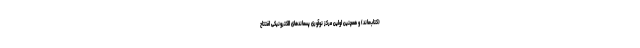
(کتاب‌ماند) و همچنین اولین مرکز نوآوری پسماندهای الکترونیکی افتتاح